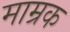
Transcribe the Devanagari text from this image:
माम्रक